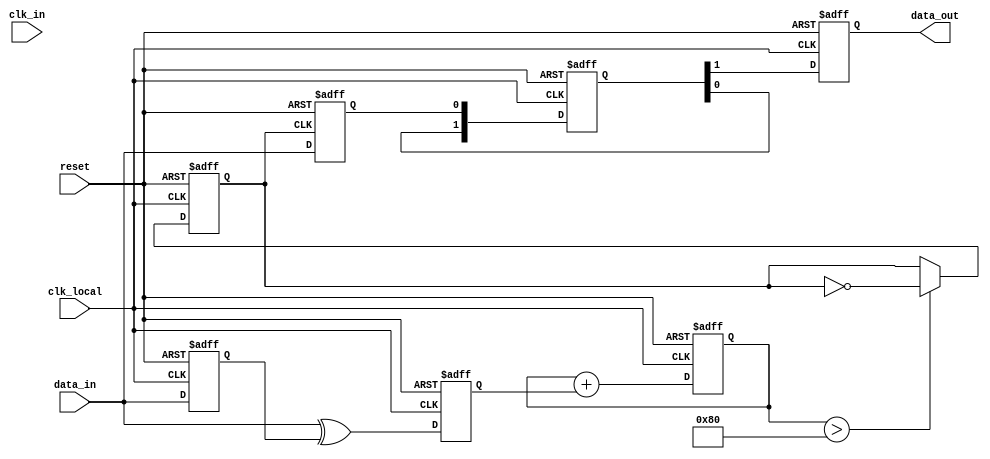
module pll_synchronizer (
    input wire clk_in,           // Incoming clock signal
    input wire data_in,          // Incoming data signal
    output reg data_out,         // Synchronized output data
    input wire reset,            // Reset signal
    input wire clk_local         // Local clock signal
);

// Phase Detector
// A simple edge detector to determine phase difference
reg last_data_state;
reg phase_error;

always @(posedge clk_local or posedge reset) begin
    if (reset) begin
        last_data_state <= 1'b0;
        phase_error <= 1'b0;
    end else begin
        phase_error <= data_in ^ last_data_state; // Determine phase error
        last_data_state <= data_in; // Update last state
    end
end

// Loop Filter (Simple Proportional Filter)
reg [7:0] control_voltage;

always @(posedge clk_local or posedge reset) begin
    if (reset) begin
        control_voltage <= 8'h00; // Reset control voltage
    end else begin
        control_voltage <= control_voltage + {7'b0, phase_error}; // Adjust control voltage
    end
end

// Voltage-Controlled Oscillator (VCO)
// Generates a clock based on the control voltage
reg clk_vco;

always @(posedge clk_local or posedge reset) begin
    if (reset) begin
        clk_vco <= 1'b0;
    end else begin
        // Simple VCO behavior: Adjust frequency based on control voltage
        clk_vco <= (control_voltage > 8'h80) ? ~clk_vco : clk_vco; // Example condition
    end
end

// Data Sampling Circuit
reg sampled_data;

always @(posedge clk_vco or posedge reset) begin
    if (reset) begin
        sampled_data <= 1'b0;
    end else begin
        sampled_data <= data_in; // Sample data on VCO clock
    end
end

// Output Buffer
reg [1:0] output_buffer; // 2-stage synchronizer

always @(posedge clk_local or posedge reset) begin
    if (reset) begin
        output_buffer <= 2'b00; // Reset buffer
        data_out <= 1'b0; // Reset output
    end else begin
        output_buffer <= {output_buffer[0], sampled_data}; // Shift data into buffer
        data_out <= output_buffer[1]; // Output the last sampled data
    end
end

endmodule